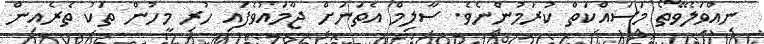
ނިއްވަލެވޭތޯ މަސައްކަތް ކުރަމުންނެވެ. ސާލިމް އެތަނަށް ޖާމައުވެފައި ހުރި މީހުން ތަކު ތެރެއިން